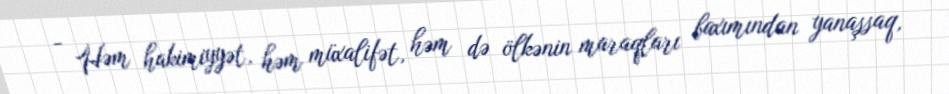
- Həm hakimiyyət, həm müxalifət, həm də ölkənin maraqları baxımından yanaşsaq,